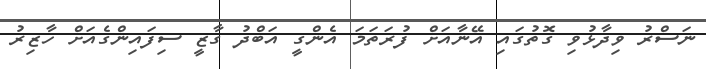
ނަސްރު ވިދާޅުވި ގޮތުގައި އޭނާއަށް ފުރަތަމަ އެންގީ އަބްދު ގާޒީ ސިފައިންގެއަށް ހާޒިރު